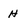
Character: H